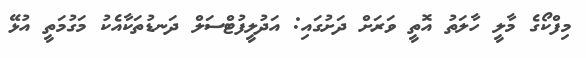
މިފްކޯގެ މާލީ ހާލަތު އޮތީ ވަރަށް ދަށުގައި: އަދުލީފުޓްސަލް ދަނޑުތަކާއެކު މަގުމަތީ އުޅޭ